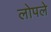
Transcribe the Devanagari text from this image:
लोपले